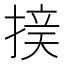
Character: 𱠝